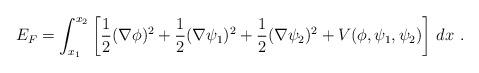
LaTeX: \begin{align*}E_F = \int_{x_1}^{x_2} \left[{1\over 2}(\nabla\phi)^2 + {1\over 2}(\nabla\psi_1)^2 + {1\over 2}(\nabla\psi_2)^2 + V(\phi,\psi_1,\psi_2)\right]\, dx\ .\end{align*}